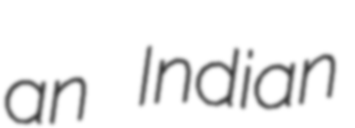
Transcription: an Indian